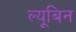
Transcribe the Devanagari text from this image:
ल्यूबिन